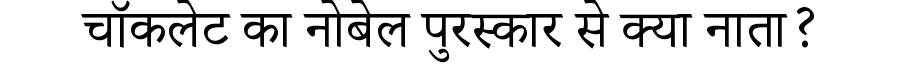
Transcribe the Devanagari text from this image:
चॉकलेट का नोबेल पुरस्कार से क्या नाता?